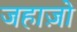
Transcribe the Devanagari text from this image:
जहाज़ो